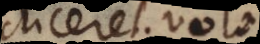
diceret: volo